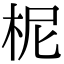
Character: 柅